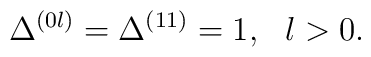
\Delta^{(0l)}=\Delta^{(11)}=1, ~~l>0.